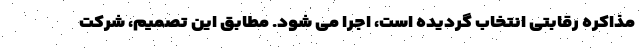
مذاکره رقابتی انتخاب گردیده است، اجرا می شود. مطابق این تصمیم، شرکت